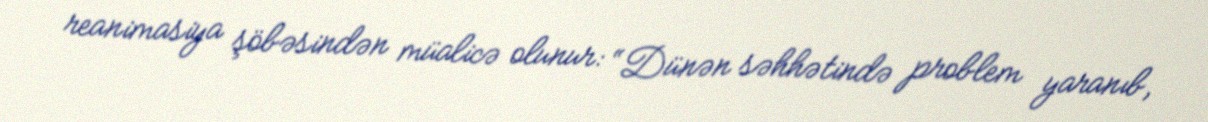
reanimasiya şöbəsindən müalicə olunur: “Dünən səhhətində problem yaranıb,